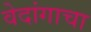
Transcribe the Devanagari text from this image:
वेदांगाचा